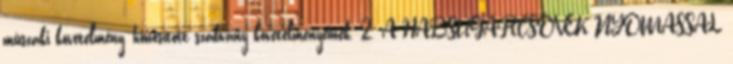
mûszaki követelmény, honosított szabvány követelményeinek. 2. A HABSUGÁRCSÕVEK NYOMÁSSAL